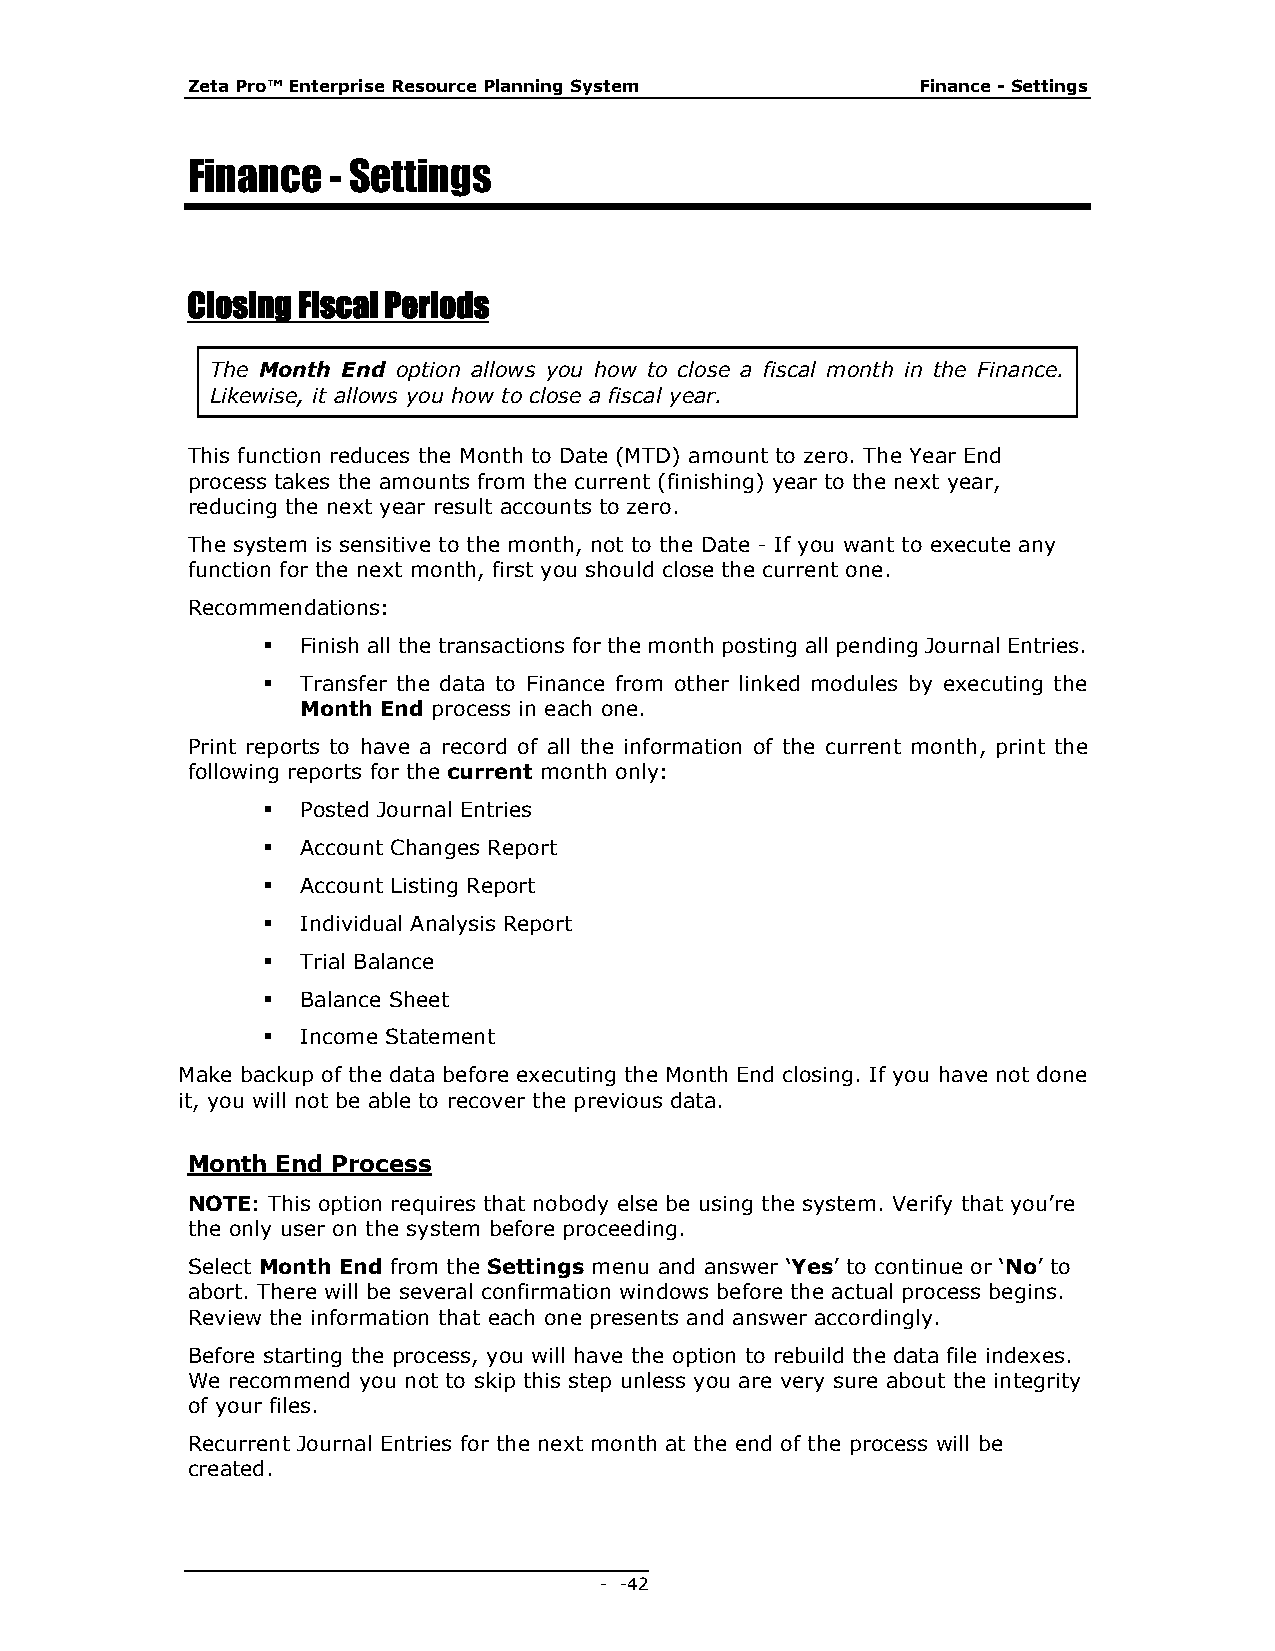
Zeta Pro™ Enterprise Resource Planning System    Finance - Settings
 Finance   - Settings
 Closing Fiscal Periods
 The Month End option allows you how to close a fiscal month in the Finance.
 Likewise, it allows you how to close a fiscal year.
 This function reduces the Month to Date (MTD) amount to zero. The Year End
 process takes the amounts from the current (finishing) year to the next year,
 reducing the next year result accounts to zero.
 The system is sensitive to the month, not to the Date - If you want to execute any
 function for the next month, first you should close the current one.
 Recommendations:
   Finish all the transactions for the month posting all pending Journal Entries.
   Transfer the data to Finance from other linked modules by executing the
 Month End process in each one.
 Print reports to have a record of all the information of the current month, print the
 following reports for the current month only:
   Posted Journal Entries
   Account Changes Report
   Account Listing Report
   Individual Analysis Report
   Trial Balance
   Balance Sheet
   Income Statement
 Make backup of the data before executing the Month End closing. If you have not done
 it, you will not be able to recover the previous data.
 Month End Process
 NOTE: This option requires that nobody else be using the system. Verify that you’re
 the only user on the system before proceeding.
 Select Month End from the Settings menu and answer ‘Yes’ to continue or ‘No’ to
 abort. There will be several confirmation windows before the actual process begins.
 Review the information that each one presents and answer accordingly.
 Before starting the process, you will have the option to rebuild the data file indexes.
 We recommend you not to skip this step unless you are very sure about the integrity
 of your files.
 Recurrent Journal Entries for the next month at the end of the process will be
 created.
 - - 42